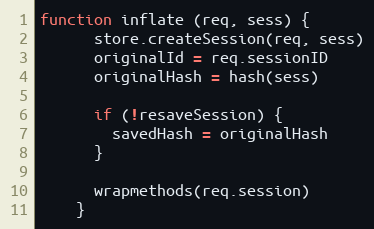
Language: JavaScript
function inflate (req, sess) {
      store.createSession(req, sess)
      originalId = req.sessionID
      originalHash = hash(sess)

      if (!resaveSession) {
        savedHash = originalHash
      }

      wrapmethods(req.session)
    }